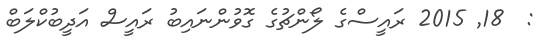
:  18